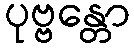
ပုဗ္ဗန္တော